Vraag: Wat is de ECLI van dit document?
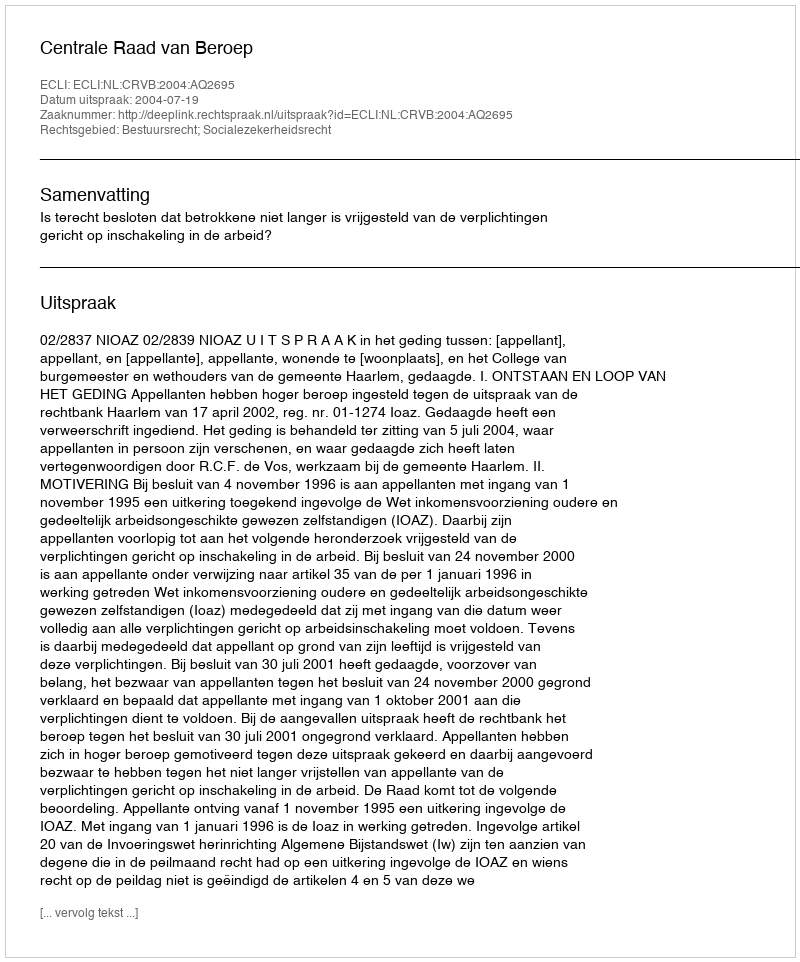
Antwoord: ECLI:NL:CRVB:2004:AQ2695